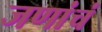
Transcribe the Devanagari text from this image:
जणांचं